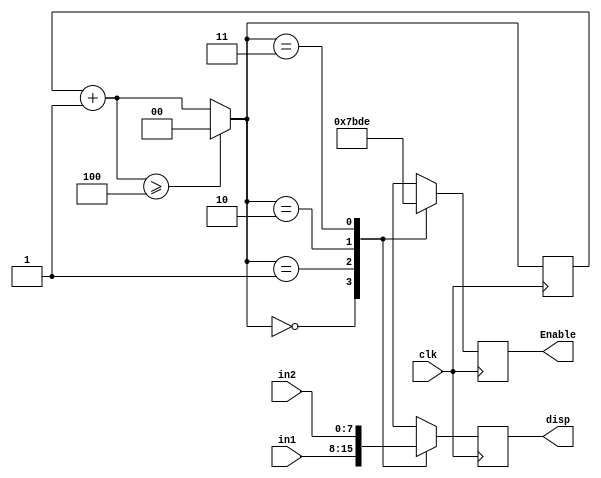
`timescale 1ns / 1ps
//////////////////////////////////////////////////////////////////////////////////
// Company: 
// Engineer: 
// 
// Design Name: 
// Module Name: Choose_Output
// Project Name: 
// Target Devices: 
// Tool Versions: 
// Description: 
// 
// Dependencies: 
// 
// Revision:
// Revision 0.01 - File Created
// Additional Comments:
// 
//////////////////////////////////////////////////////////////////////////////////


module Choose_Output(
    input clk,
    input [7:0] in1,
    input [7:0] in2,
    output reg [3:0] Enable,
    output reg [3:0] disp
    );
    
    reg [1:0] num;
    
    initial num = 0;
    
    always @(posedge clk) begin
        num = num + 1;
        if(num >= 4) num = 0;
        case(num)
           2'b00:begin
              Enable = 4'b0111;
              disp = in1[7:4];
           end
           2'b01:begin
              Enable = 4'b1011;
              disp = in1[3:0];
           end
           2'b10:begin
              Enable = 4'b1101;
              disp = in2[7:4];
           end
           2'b11:begin
              Enable = 4'b1110;
              disp = in2[3:0];
           end
         endcase
    end
    
endmodule